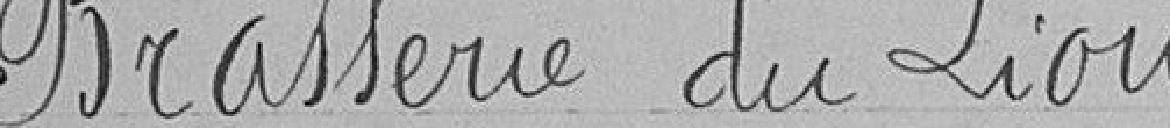
Brasserie du Lion